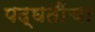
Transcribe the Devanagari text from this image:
पद्घतींचा